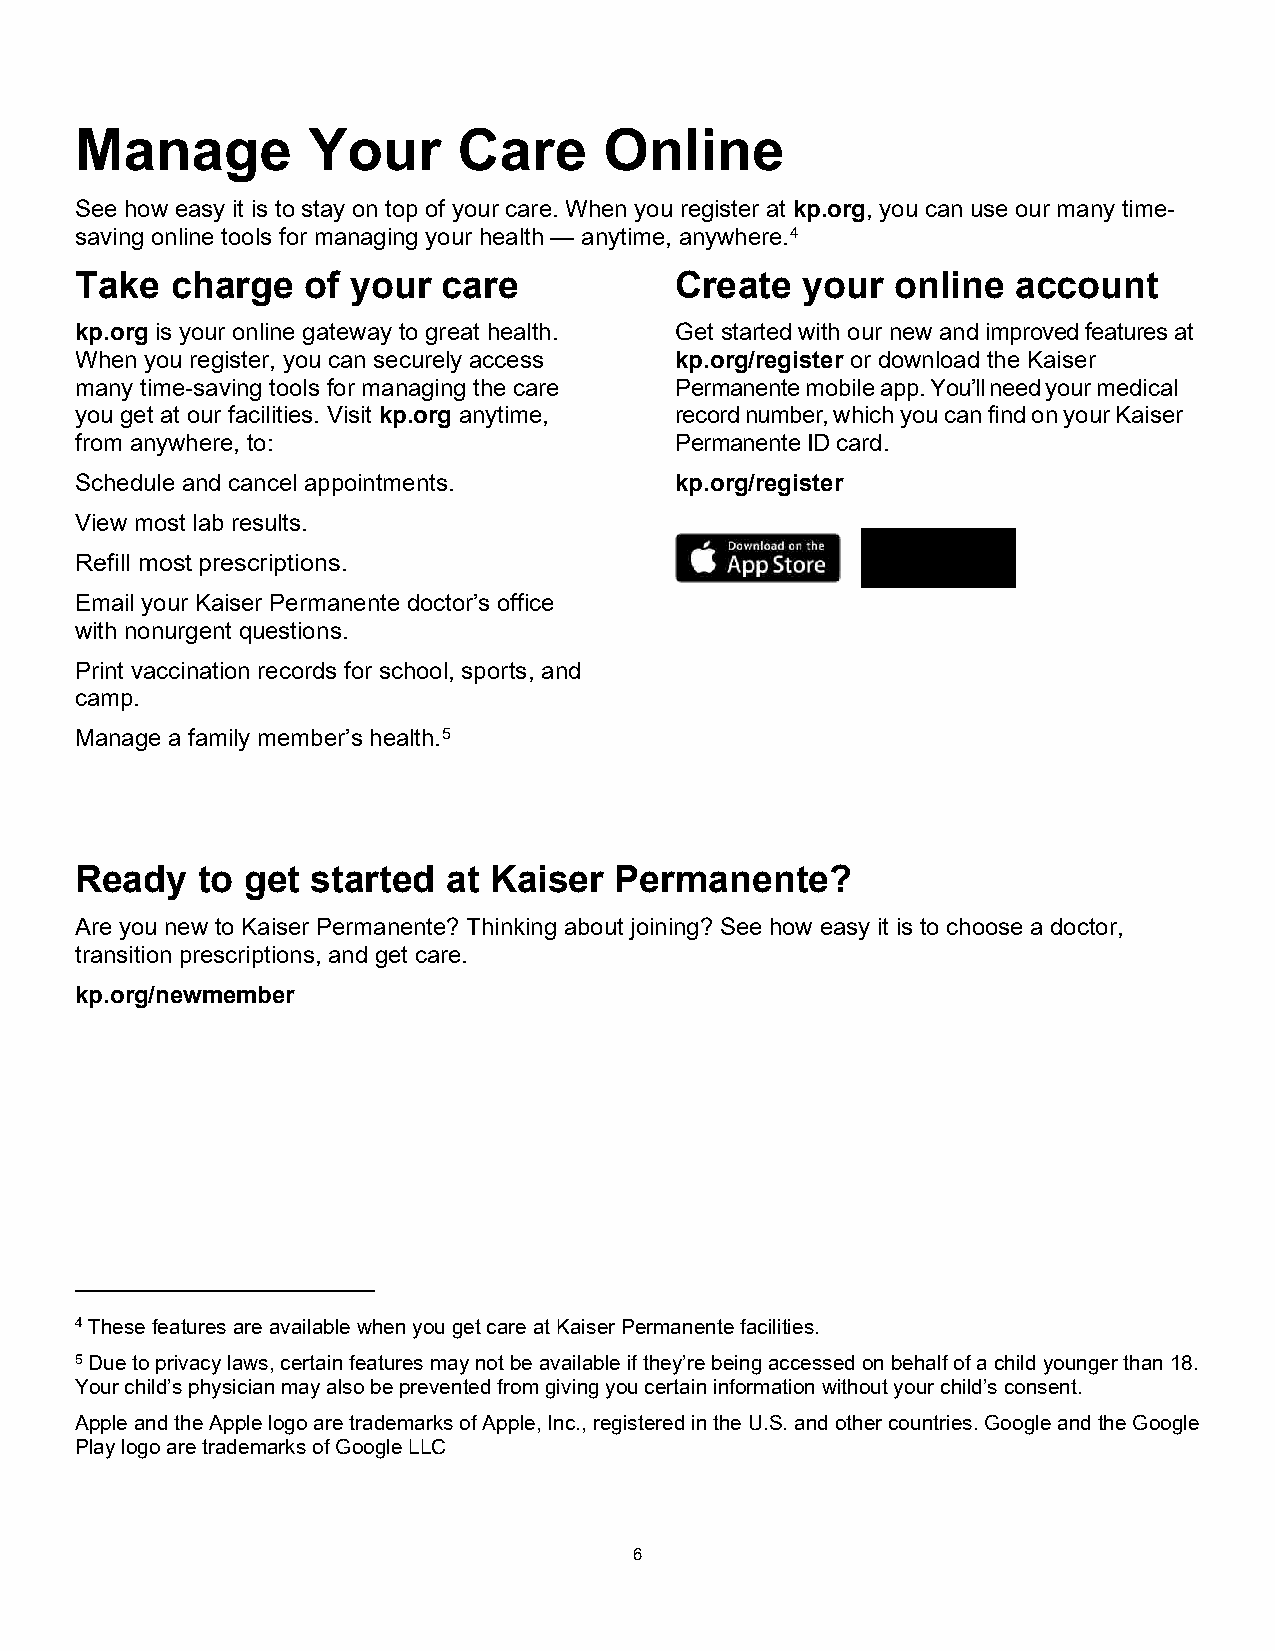
Manage         Your      Care      Online
 See how easy it is to stay on top of your care. When you register at kp.org, you can use our many time-
 saving online tools for managing your health — anytime, anywhere.4
 Take  charge   of your  care            Create  your  online  account
 kp.org is your online gateway to great health. Get started with our new and improved features at
 When you register, you can securely access kp.org/register or download the Kaiser
 many time-saving tools for managing the care Permanente mobile app. You’ll need your medical
 you get at our facilities. Visit kp.org anytime, record number, which you can find on your Kaiser
 from anywhere, to:                      Permanente ID card.
 Schedule and cancel appointments.       kp.org/register
 View most lab results.
 Refill most prescriptions.
 Email your Kaiser Permanente doctor’s office
 with nonurgent questions.
 Print vaccination records for school, sports, and
 camp.
 Manage a family member’s health.5
 Ready   to get  started  at Kaiser  Permanente?
 Are you new to Kaiser Permanente? Thinking about joining? See how easy it is to choose a doctor,
 transition prescriptions, and get care.
 kp.org/newmember
 4 These features are available when you get care at Kaiser Permanente facilities.
 5 Due to privacy laws, certain features may not be available if they’re being accessed on behalf of a child younger than 18.
 Your child’s physician may also be prevented from giving you certain information without your child’s consent.
 Apple and the Apple logo are trademarks of Apple, Inc., registered in the U.S. and other countries. Google and the Google
 Play logo are trademarks of Google LLC
 6